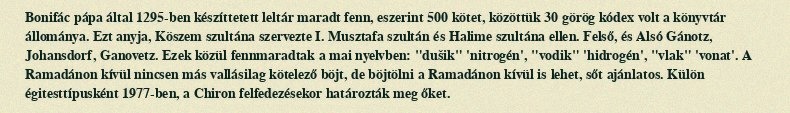
Bonifác pápa által 1295-ben készíttetett leltár maradt fenn, eszerint 500 kötet, közöttük 30 görög kódex volt a könyvtár állománya. Ezt anyja, Köszem szultána szervezte I. Musztafa szultán és Halime szultána ellen. Felső, és Alsó Gánotz, Johansdorf, Ganovetz. Ezek közül fennmaradtak a mai nyelvben: "dušik" 'nitrogén', "vodik" 'hidrogén', "vlak" 'vonat'. A Ramadánon kívül nincsen más vallásilag kötelező böjt, de böjtölni a Ramadánon kívül is lehet, sőt ajánlatos. Külön égitesttípusként 1977-ben, a Chiron felfedezésekor határozták meg őket.